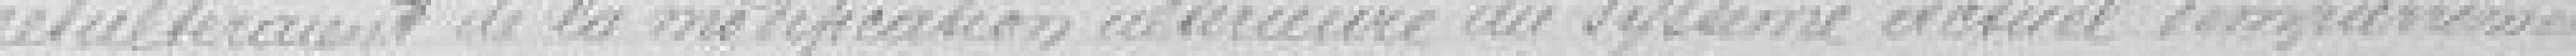
résulteraient de la modification extérieure du système actuel